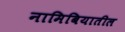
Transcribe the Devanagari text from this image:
नामिबियातील